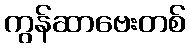
ကွန်ဆာဗေးတစ်